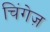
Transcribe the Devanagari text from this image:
चिंगेज़